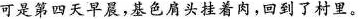
可是第四天早晨，基色肩头挂着肉，回到了村里。